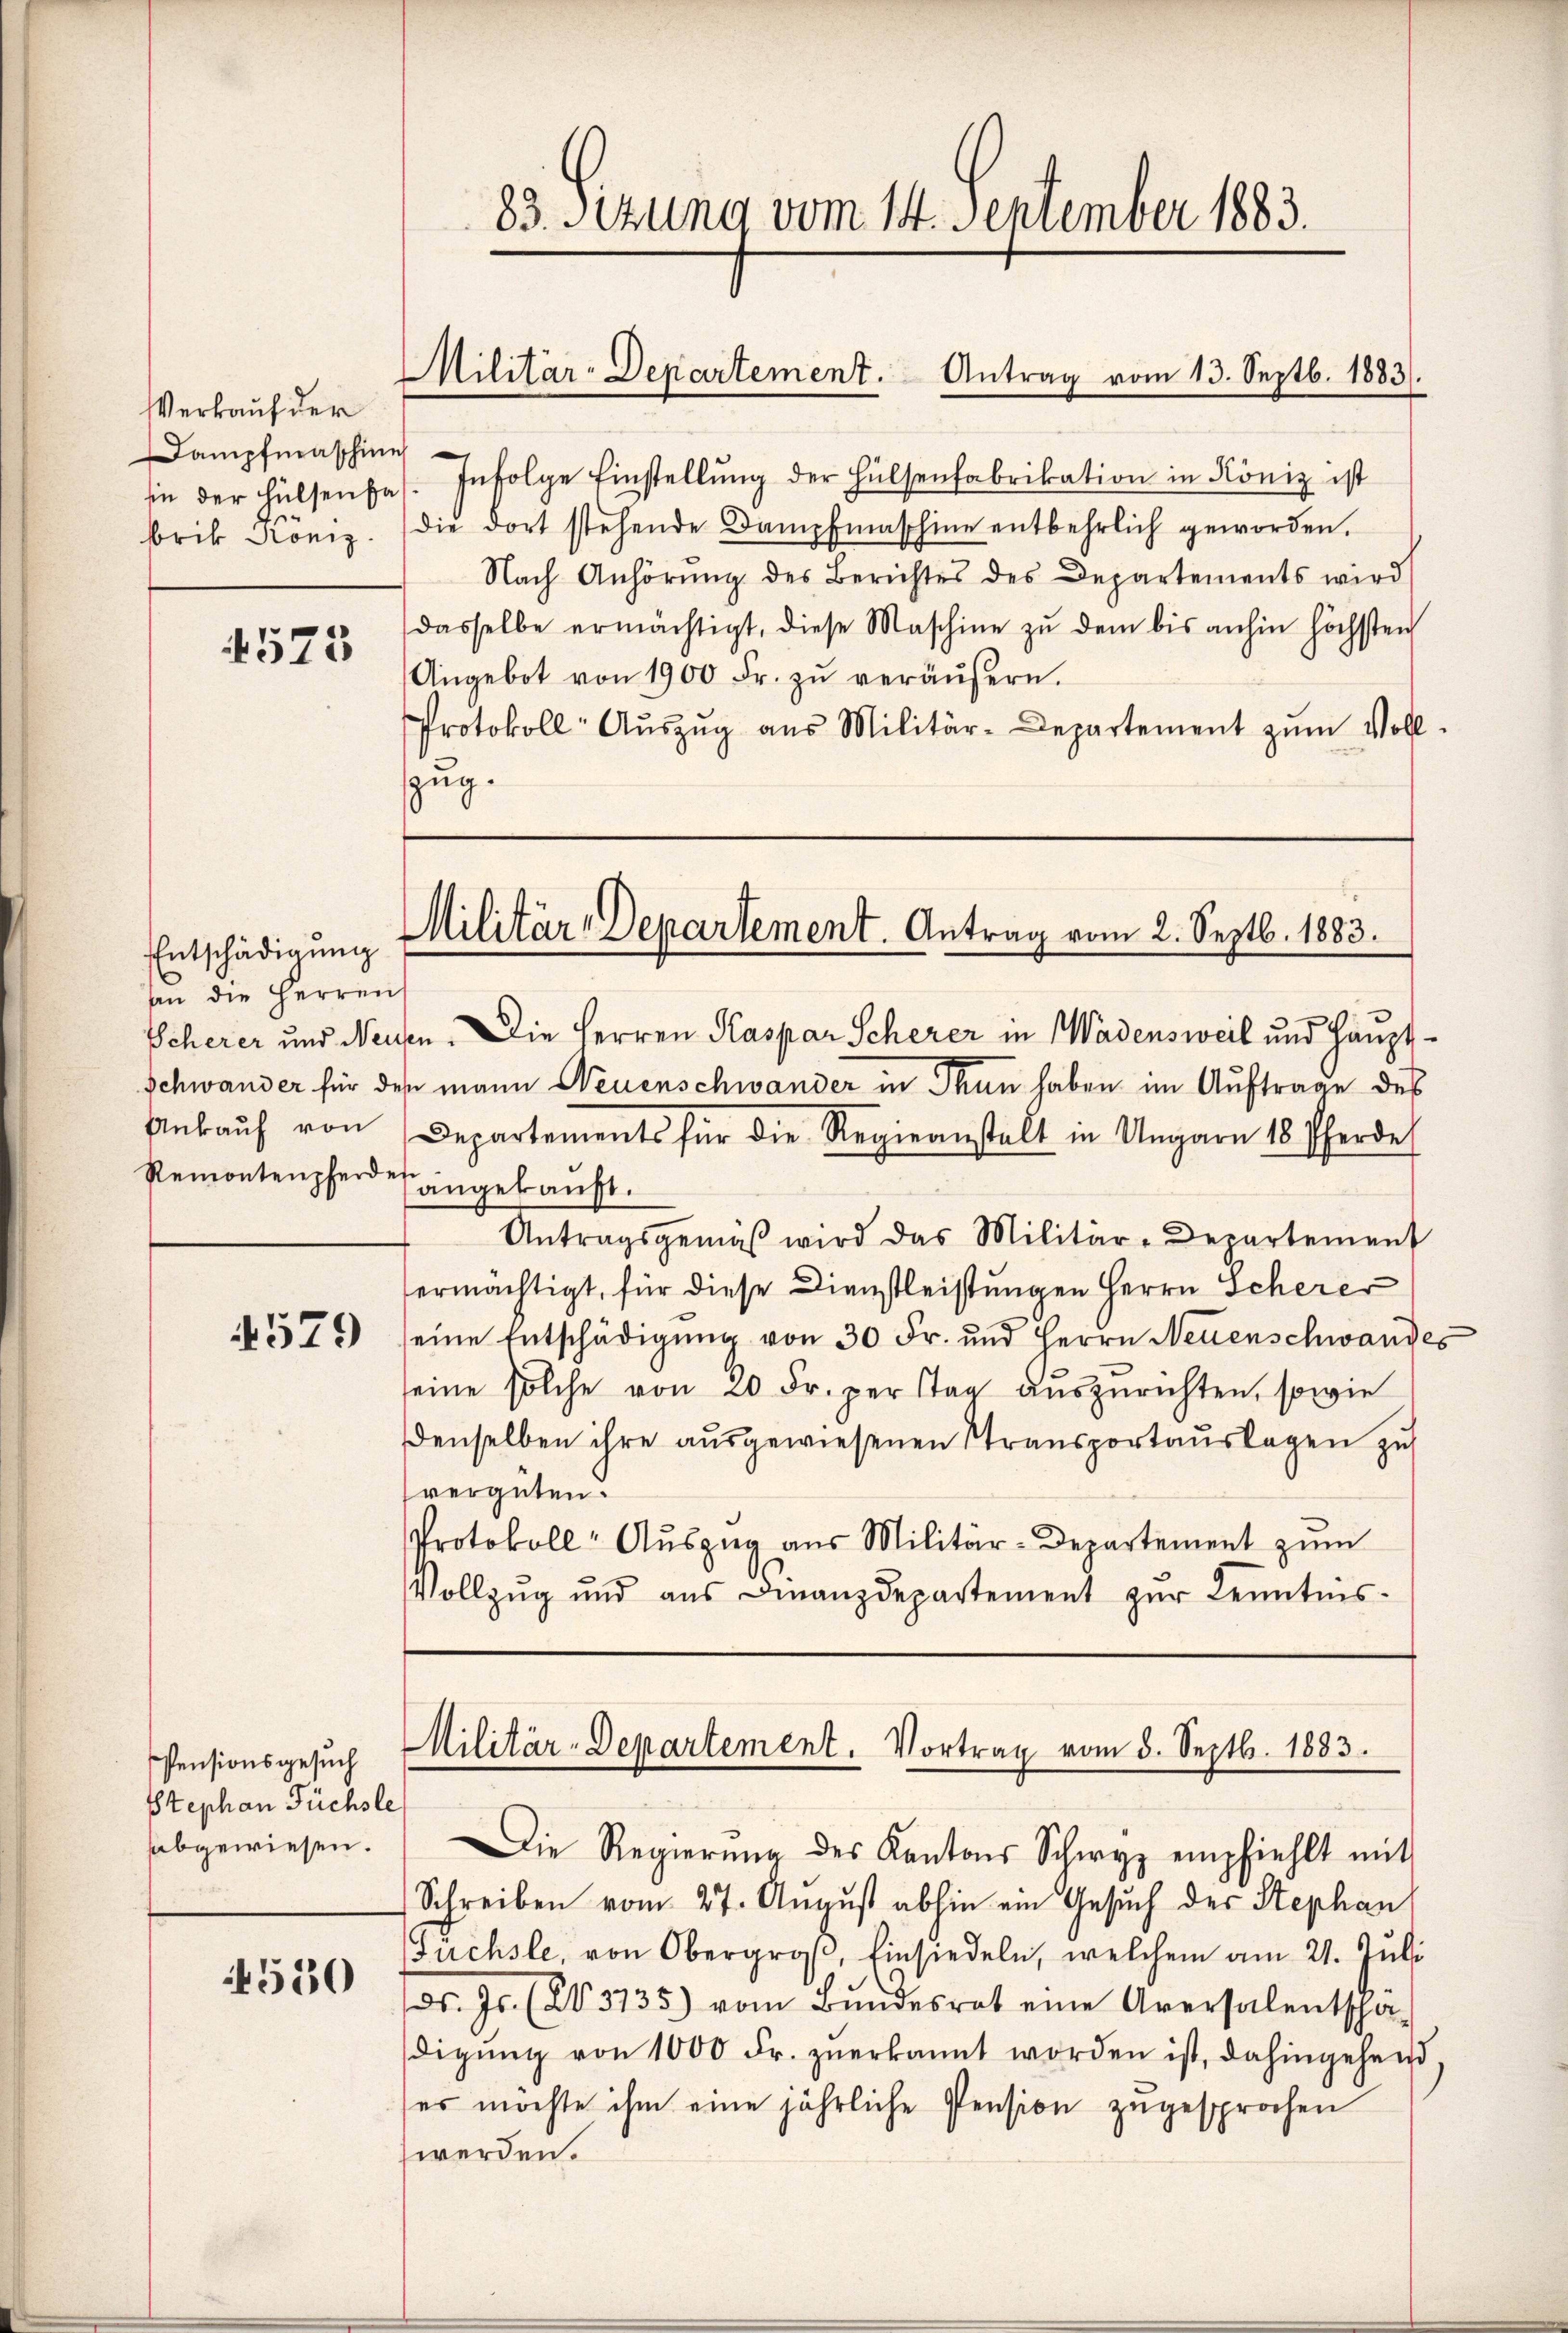
Verkauf der
Dampfmaschine
brik König.

4573

4579

530

Entschädigung
An die Herren
Remontenpferden

Pensionsgesuch
Stephan Füchsle
abgewiesen.

in der Hülsenfas. Infolge Einstellŭng der Hülsenfabrikation in Köniz ist
die dort stehende Dampfmaschine entbehrlich geworden.
Nach Anhörung des Berichtes des Departements wird
dasselbe ermächtigt, diese Maschine zŭ dem bis anhin höchsten
Angebot von 1900 Fr. zŭ veräŭβern.
Protokoll- Aŭszŭg aŭs Militär-Departement zŭm Voll-
zug.

83. Setzung vom 14. September 1883.
Militär-Departement. Antrag vom 13. Septb. 1883.

Militär-Departement. Antrag vom 2. Septb. 1883.

Scherer und Neusen. Die Herren Kaspar Scherer in Wadensweil und Haupt¬
Schwander für des mann Neuenschwander in Than haben im Auftrage des
Ankaŭf von Departements für die Regieanstalt in Ungarn 18 Pferde
angekauft.
Antragsgemäβ wird das Militär-Departement
ermächtigt, für diese Dienstleistungen Herrn Scherer
eine Entschädigŭng von 30 Fr. und Herrn Neuenschwandes
seine solche von 20 Fr. per tag auszurichten, sowie
denselben ihre ausgewiesenen Stransportauslagen zu
(vergüten.
Protokoll- Aŭszŭg aŭs Militär-Departement zŭm
Vollzŭg und aŭs Finanzdepartement zŭr Kenntnis-

Militär-Departement. Vortrag vom 5. Septbr. 1883.

Die Regierŭng des Kantons Schwyz empfiehlt mit
Schreiben vom 27. August abhin ein Gesuch der Stephan
Fuchsle, von Obergroβ, Einsiedeln, welchem am 21. Juli
Dr. Js. (203135) vom Bŭndesrat eine Aversalentscha
digŭng von 1000 Fr. zŭerkannt worden ist, dahingehend
ses möchte ihm eine jährliche Pension zugesprochen
werden.